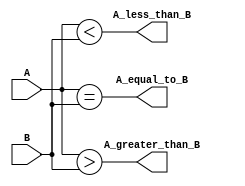
module two_bit_comparator(
    input [1:0] A,
    input [1:0] B,
    output wire A_greater_than_B,
    output wire A_less_than_B,
    output wire A_equal_to_B
);

assign A_greater_than_B = (A > B);
assign A_less_than_B = (A < B);
assign A_equal_to_B = (A == B);

endmodule